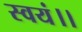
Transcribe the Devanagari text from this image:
स्वयं।।